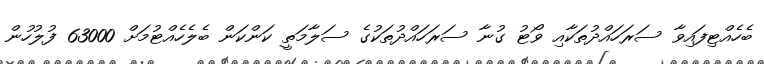
ބެހެއްޓިފައިވާ ސަރަހައްދުތަކާއި ވޯޓު ގުނާ ސަރަހައްދުތަކުގެ ސަލާމަތީ ކަންކަން ބެލެހެއްޓުމަށް 63000 ފުލުހުން